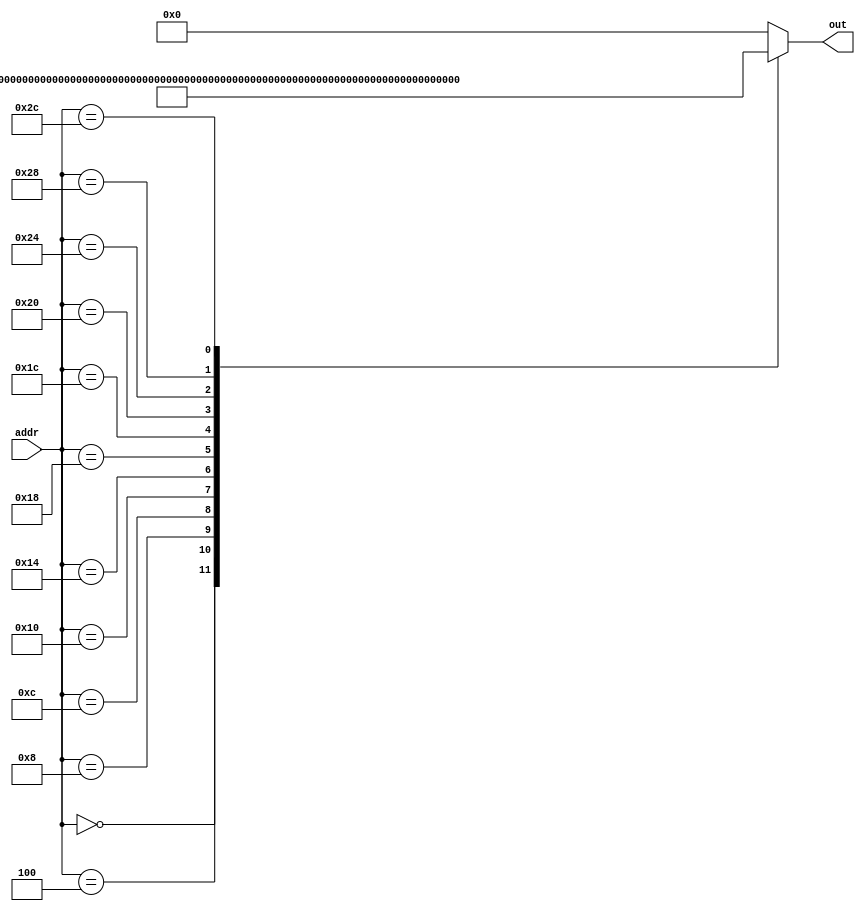
module rom (addr, out);
	input [7:0] addr;
	output reg [31:0] out;
	
	always @ (addr) begin
		case (addr)
			8'h00: out = 32'h00a00293; //addi x5, x0, 10
			8'h04: out = 32'h00f00313; //addi x6, x0, 15
			8'h08: out = 32'h01400393; //addi x7, x0, 20
			8'h0c: out = 32'h00628863; //beq x5, x6, 14
			8'h10: out = 32'h00736433; //or x8, x6, x7
			8'h14: out = 32'h00129293; //slli x5, x5, 1
			8'h18: out = 32'h00602223; //sw x6, 4(x0)
			8'h1c: out = 32'h00402483; //lw x9, 4(x0)
			8'h20: out = 32'h00728863; //beq x5, x7, 28
			8'h24: out = 32'h00648533; //add x10, x9, x6
			8'h28: out = 32'hffb30493; //addi x9, x6, -5
			8'h2c: out = 32'h00a02423; //sw x10, 8(x0)
			default: out = 32'b0;
		endcase
	end
	
endmodule